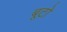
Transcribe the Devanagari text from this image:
बूटो